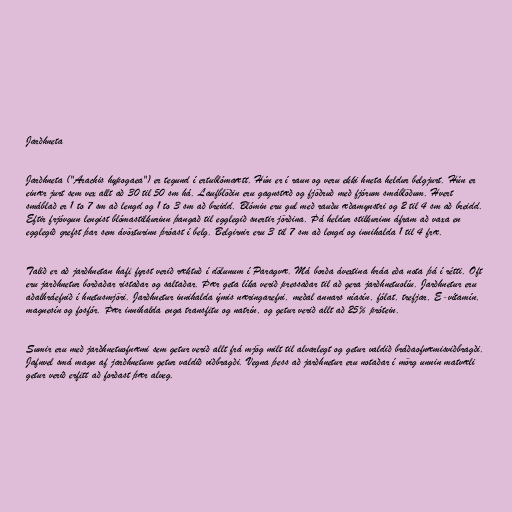
Jarðhneta

Jarðhneta ("Arachis hypogaea") er tegund í ertublómaætt. Hún er í raun og veru ekki hneta heldur belgjurt. Hún er
einær jurt sem vex allt að 30 til 50 sm há. Laufblöðin eru gagnstæð og fjöðruð með fjórum smáblöðum. Hvert
smáblað er 1 to 7 sm að lengd og 1 to 3 sm að breidd. Blómin eru gul með rauðu æðamynstri og 2 til 4 sm að breidd.
Eftir frjóvgun lengist blómastilkurinn þangað til egglegið snertir jörðina. Þá heldur stilkurinn áfram að vaxa en
egglegið grefst þar sem ávöxturinn þróast í belg. Belgirnir eru 3 til 7 sm að lengd og innihalda 1 til 4 fræ.

Talið er að jarðhnetan hafi fyrst verið ræktuð í dölunum í Paragvæ. Má borða ávextina hráa eða nota þá í rétti. Oft
eru jarðhnetur borðaðar ristaðar og saltaðar. Þær geta líka verið pressaðar til að gera jarðhnetuolíu. Jarðhnetur eru
aðalhráefnið í hnetusmjöri. Jarðhnetur innihalda ýmis næringarefni, meðal annars níasín, fólat, trefjar, E-vítamín,
magnesín og fosfór. Þær innihalda enga transfitu og natrín, og getur verið allt að 25% prótein.

Sumir eru með jarðhnetuofnæmi sem getur verið allt frá mjög milt til alvarlegt og getur valdið bráðaofnæmisviðbragði.
Jafnvel smá magn af jarðhnetum getur valdið viðbragði. Vegna þess að jarðhnetur eru notaðar í mörg unnin matvæli
getur verið erfitt að forðast þær alveg.